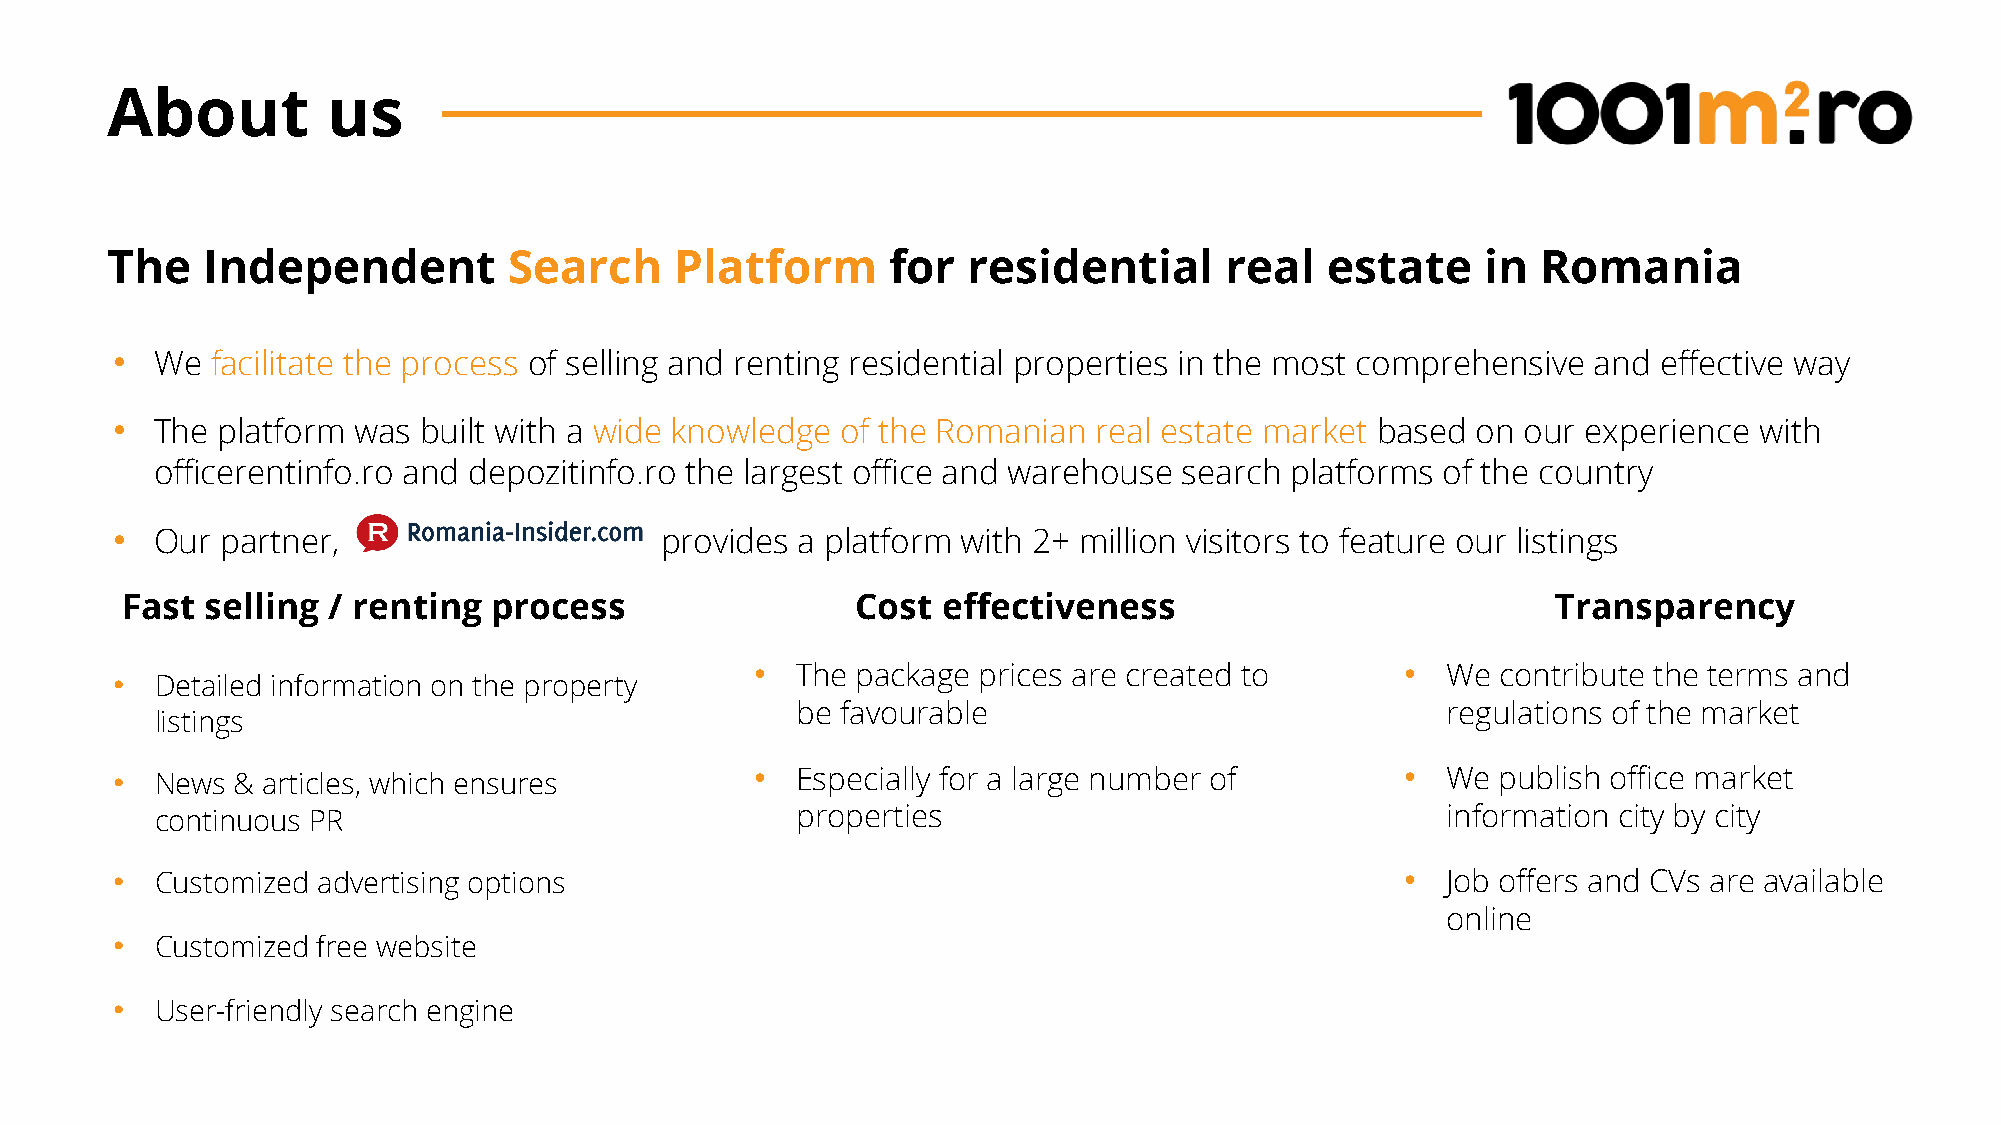
About          us
 The   Independent          Search     Platform      for  residential      real   estate    in  Romania
 •  We  facilitate the process of selling and renting residential properties in the most comprehensive and effective way
 •  The platform was  built with a wide knowledge of the Romanian  real estate market based on our experience with
 officerentinfo.ro and depozitinfo.ro the largest office and warehouse search platforms of the country
 •  Our  partner,                     provides a platform with 2+ million visitors to feature our listings
 Fast  selling / renting  process                 Cost effectiveness                            Transparency
 •  The package prices are created to       •  We contribute the terms and
 •  Detailed information on the property
 be favourable                              regulations of the market
 listings
 •  News & articles, which ensures          •  Especially for a large number of        •  We publish office market
 continuous PR                              properties                                 information city by city
 •  Customized advertising options                                                     •  Job offers and CVs are available
 online
 •  Customized free website
 •  User-friendly search engine